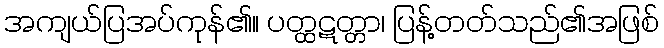
အကျယ်ပြအပ်ကုန်၏။ ပတ္ထဋတ္တာ၊ ပြန့်တတ်သည်၏အဖြစ်